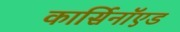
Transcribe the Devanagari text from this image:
कार्सिनॉएड